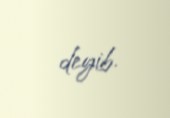
deyib.